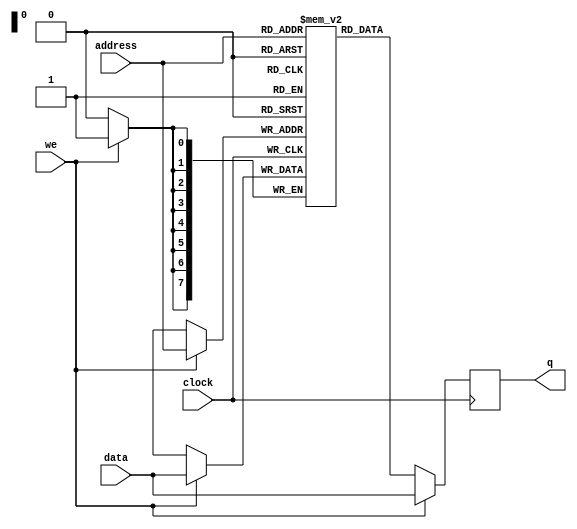
module spram # (
	parameter data_width = 8,
	parameter address_width = 8
)
(
	input clock,
	input [(address_width-1):0] address,
	input [(data_width-1):0]  data,
	output reg [(data_width-1):0] q,
	input we
);

localparam ramLength = (2**address_width);

reg [(data_width-1):0] ram [ramLength-1:0];

`ifdef SIMULATION
	integer    j;
	initial
	begin
		for (j = 0; j < ramLength; j = j + 1)
		begin
			ram[j] = 0;
		end
	end
`endif

	always @(posedge clock)
	begin
		if (we)
		begin
			ram[address] <= data;
			q <= data;
		end
		else
		begin
			q <= ram[address];
		end
	end

endmodule